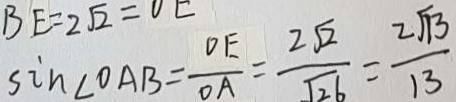
\sin \angle o A B = \frac { o E } { o A } = \frac { 2 \sqrt { 2 } } { \sqrt { 2 6 } } = \frac { 2 \sqrt { 1 3 } } { 1 3 }